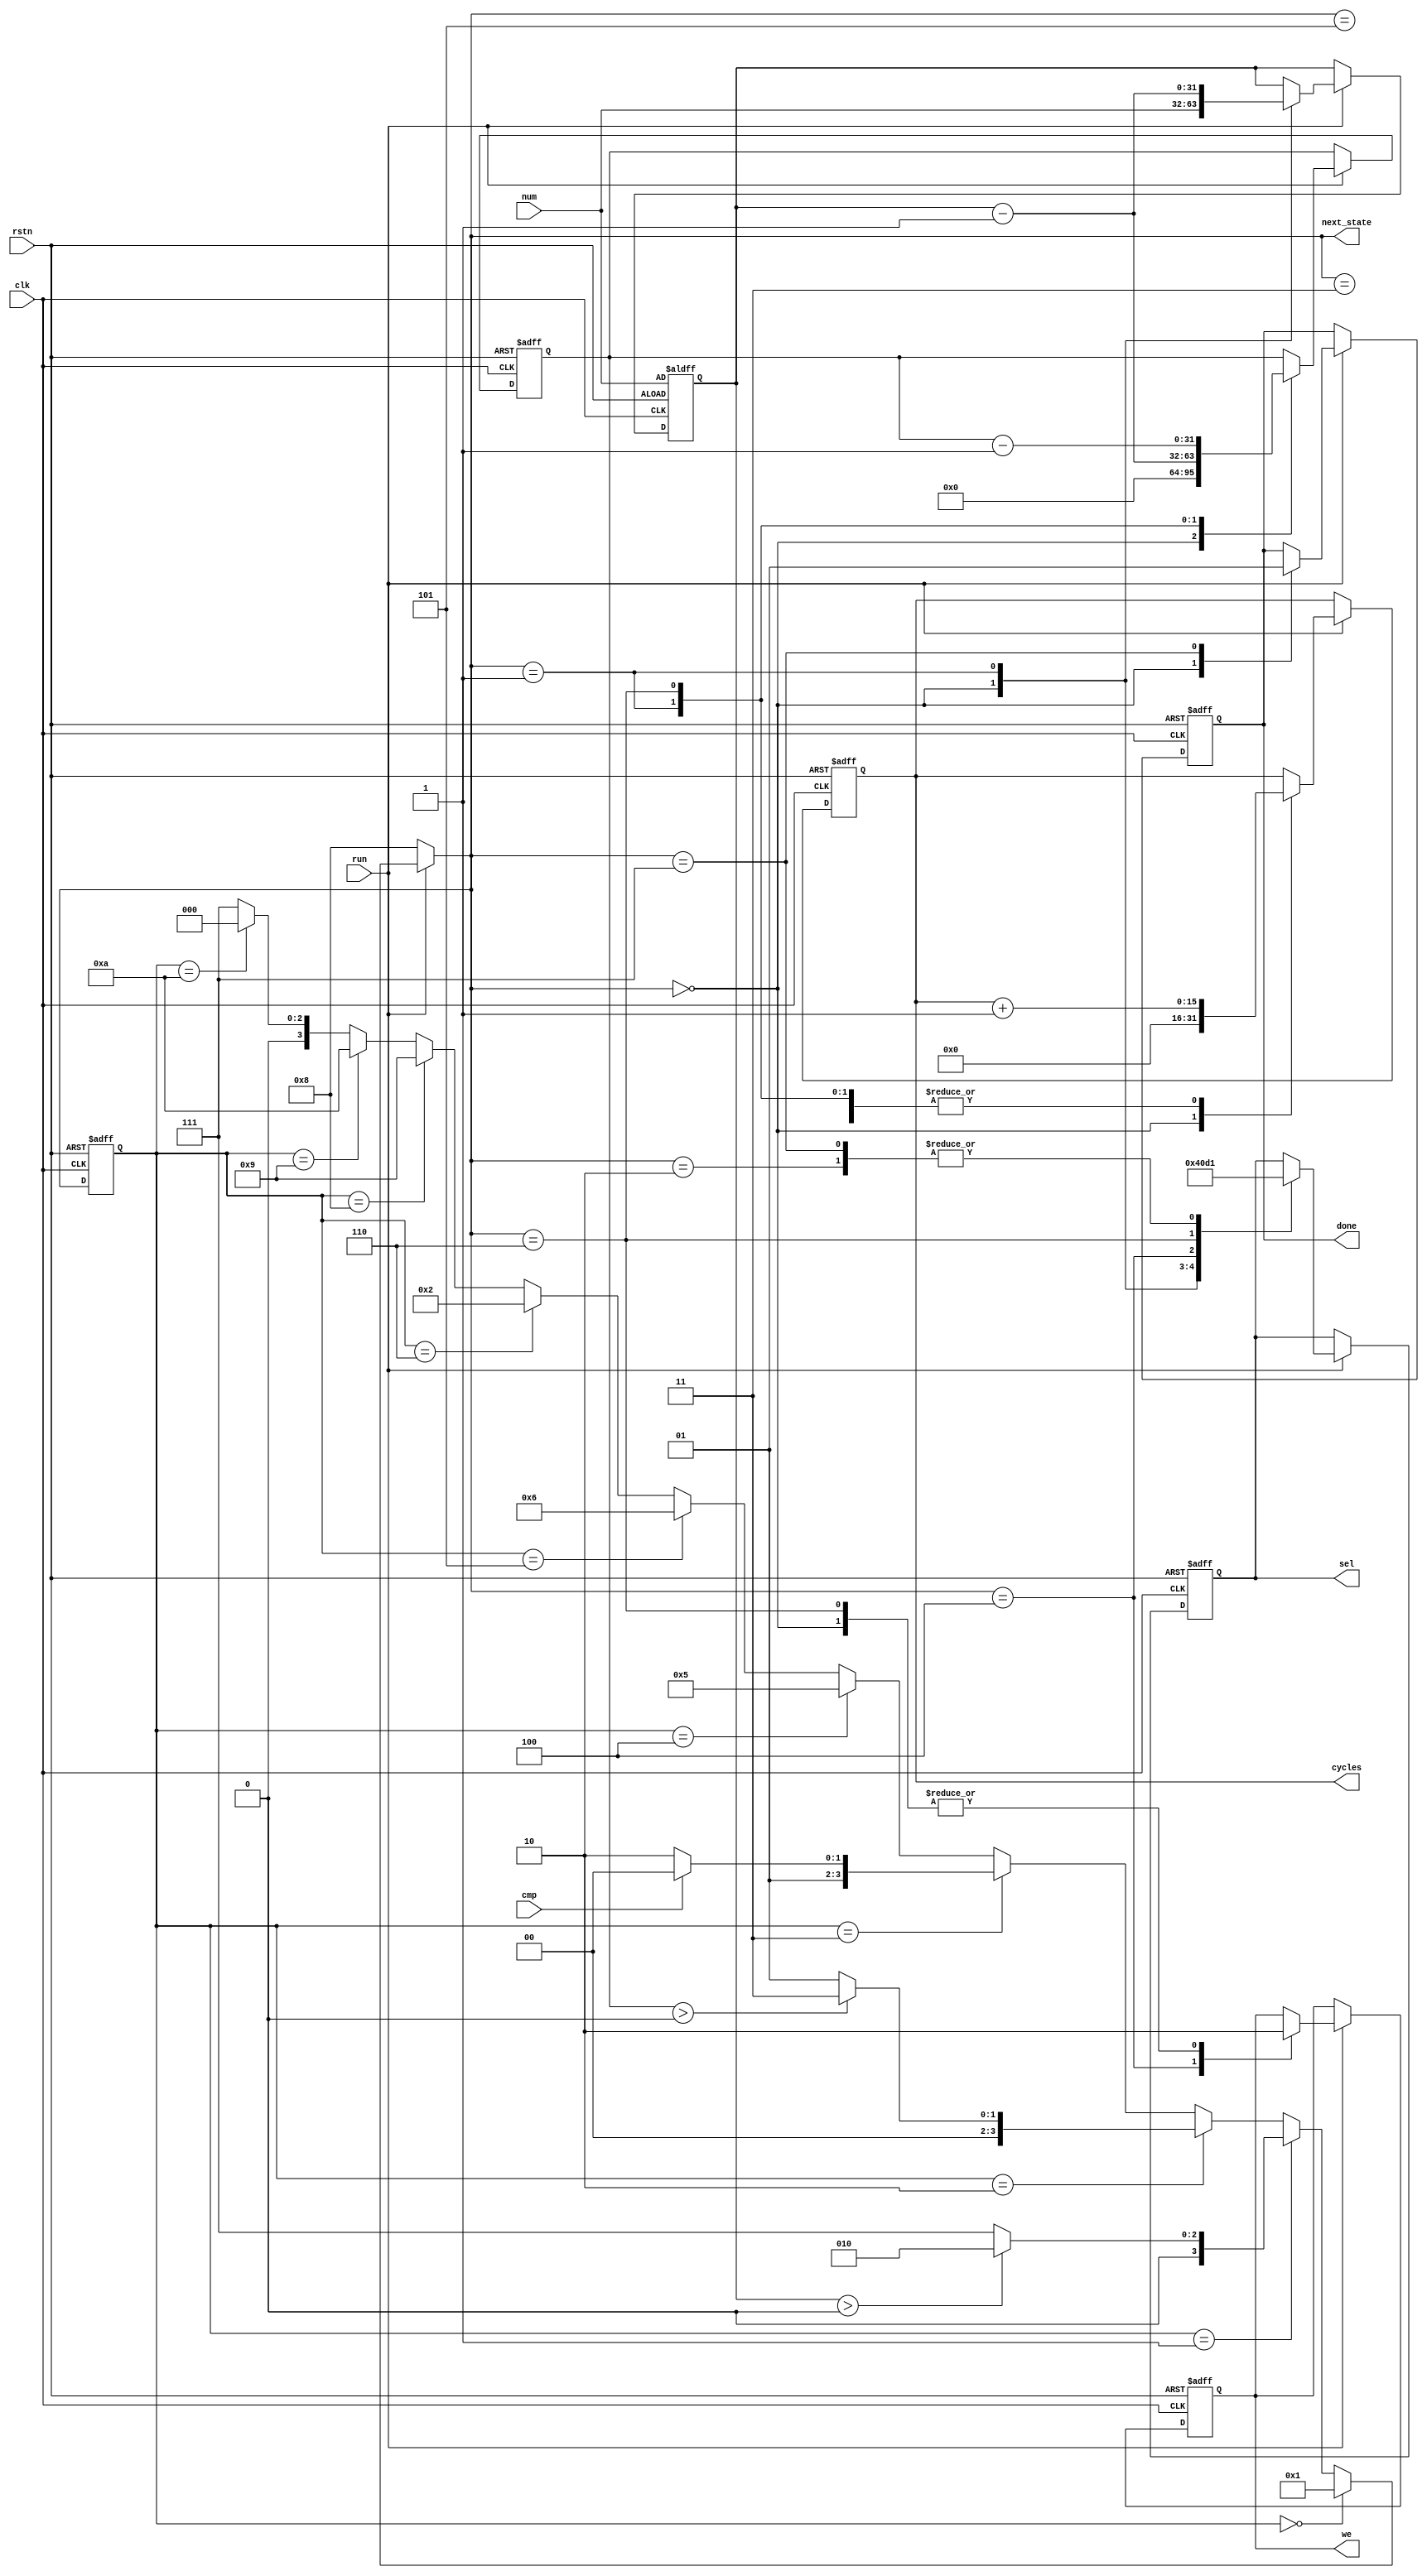
`timescale 1ns / 1ps
//////////////////////////////////////////////////////////////////////////////////
// Company: 
// Engineer: 
// 
// Design Name: 
// Module Name: sort_control
// Project Name: 
// Target Devices: 
// Tool Versions: 
// Description: 
// 
// Dependencies: 
// 
// Revision:
// Revision 0.01 - File Created
// Additional Comments:
// 
//////////////////////////////////////////////////////////////////////////////////


module sort_control(
    input clk, rstn, run, cmp,  //cmp
    input [31:0] num,           //
    output reg [15:0] cycles,
    output reg done, we,
    output reg [2:0] sel,       //(Addr_change.v)
    output [3:0] next_state     //s4s5(Data_change.v)
    );

    parameter s0 = 4'b0000,
              s1 = 4'b0001,
              s2 = 4'b0010,
              s3 = 4'b0011,
              s4 = 4'b0100,
              s5 = 4'b0101,
              s6 = 4'b0110,
              s7 = 4'b0111,
              s8 = 4'b1000,
              s9 = 4'b1001,
              s10 = 4'b1010;
    reg [3:0] CS, NS;
    reg [31:0] cycle_external, cycle_internal;   //

    assign next_state = NS;

    always @(posedge clk or negedge rstn) begin
        if(!rstn)
            CS <= s8;
        else
            CS <= NS;
    end

    always @(*) begin
        if(run)begin
            if(CS == s0)
                NS = s1;
            else if(CS == s1)begin
                if(cycle_external > 0)
                    NS = s2;
                else    
                    NS = s7;    //
            end
            else if(CS == s2)begin
                if(cycle_internal > 0)
                    NS = s3;
                else    
                    NS = s1; 
            end
            else if(CS == s3)begin
                if(cmp)
                    NS = s4;
                else
                    NS = s6;     
            end
            else if(CS == s4)
                NS = s5;
            else if(CS == s5)
                NS = s6;
            else if(CS == s6)
                NS = s2;
            else if(CS == s8)
                NS = s9;
            else if(CS == s9)
                NS = s10;
            else if(CS == s10)
                NS = s0;
            else    
                NS = s7;

            //latch
            //

            // case(CS)
            //     s0: NS = s1;
            //     s1: begin
            //         if(cycle_external > 0)
            //             NS = s2;
            //         else    
            //             NS = s7;    //
            //     end
            //     s2: begin
            //         if(cycle_internal > 0)
            //             NS = s3;
            //         else    
            //             NS = s1; 
            //     end
            //     s3: begin
            //         if(cmp)
            //             NS = s4;
            //         else
            //             NS = s6; 
            //     end
            //     s4: NS = s5;
            //     s5: NS = s6;
            //     s6: NS = s2;
            //     s7: ;
            //     s8: NS = s9;
            //     s9: NS = s10;
            //     s10: NS = s0;
            //     default: NS = s7;                    
            // endcase
        end
        else
            NS = s8;
    end

    always @(posedge clk or negedge rstn) begin
        if(!rstn)begin
            cycles <= 16'h0000;
            done <= 1'b0;
            cycle_external <= num;
            cycle_internal <= 0;    
            we <= 0;
            sel <= 3'b100;
        end
        else if(run)begin
            case(NS)
                s10: ;
                s9: ;
                s8: ;
                s0: begin
                    cycle_external <= num;
                    cycle_internal <= 0;
                    we <= 0;
                    sel <= 3'b100;
                    cycles <= 16'h0000;
                    done <= 1'b0;
                end
                s1: begin
                    cycle_external <= cycle_external - 1;
                    cycle_internal <= cycle_external - 1;
                    sel <= 3'b000;
                    cycles <= cycles + 1;
                end
                s2: begin
                    sel <= 3'b001;
                    cycles <= cycles + 1;
                end
                s3: begin
                    cycles <= cycles + 1;
                end
                s4: begin
                    cycles <= cycles + 1;
                    we <= 1;
                    sel <= 3'b011;
                end
                s5: begin
                    cycles <= cycles + 1;
                end
                s6: begin
                    cycle_internal <= cycle_internal - 1;
                    cycles <= cycles + 1;
                    we <= 0;
                    sel <= 3'b010;
                end
                s7: begin
                    sel <= 3'b001;
                    done <= 1'b1;
                end
            endcase
        end
        else begin
            cycles <= cycles;
            done <= done;
            cycle_external <= cycle_external;
            cycle_internal <= cycle_internal;
        end
    end

endmodule